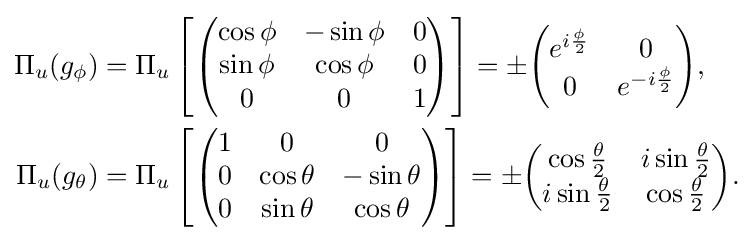
{\begin{aligned}\Pi _{u}(g_{\phi })&=\Pi _{u}\left[{\begin{pmatrix}\cos \phi &-\sin \phi &0\\\sin \phi &\cos \phi &0\\0&0&1\end{pmatrix}}\right]=\pm {\begin{pmatrix}e^{i{\frac {\phi }{2}}}&0\\0&e^{-i{\frac {\phi }{2}}}\end{pmatrix}},\\\Pi _{u}(g_{\theta })&=\Pi _{u}\left[{\begin{pmatrix}1&0&0\\0&\cos \theta &-\sin \theta \\0&\sin \theta &\cos \theta \end{pmatrix}}\right]=\pm {\begin{pmatrix}\cos {\frac {\theta }{2}}&i\sin {\frac {\theta }{2}}\\i\sin {\frac {\theta }{2}}&\cos {\frac {\theta }{2}}\end{pmatrix}}.\end{aligned}}